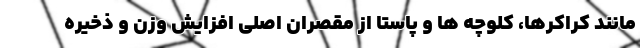
مانند کراکرها، کلوچه ها و پاستا از مقصران اصلی افزایش وزن و ذخیره